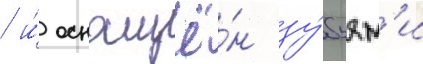
/ и́ оснащё́н зу́бьям'и